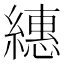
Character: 繐